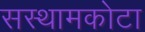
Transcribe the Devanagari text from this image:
सस्थामकोटा